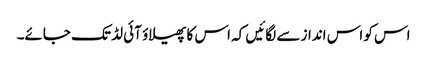
اس کو اس انداز سے لگائیں کہ اس کا پھیلاؤ آئی لڈ تک جائے۔